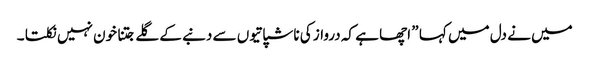
میں نے دل میں کہا ” اچھا ہے کہ درواز کی ناشپاتیوں سے دنبے کے گلے جتنا خون نہیں نکلتا ۔